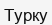
Турку